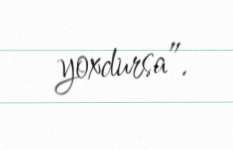
yoxdursa”.